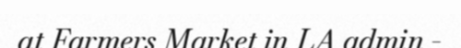
at Farmers Market in LA admin -